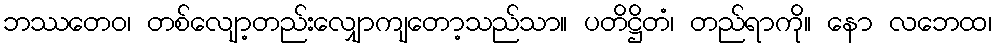
ဘဿတေဝ၊ တစ်လျော့တည်းလျှောကျတော့သည်သာ။ ပတိဋ္ဌိတံ၊ တည်ရာကို။ နော လဘေထ၊